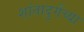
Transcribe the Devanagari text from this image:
शांतादुर्गेच्या